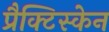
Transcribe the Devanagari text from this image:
प्रैक्टिस्केन